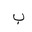
Letter: _ba